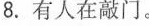
8.有人在敲门。